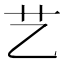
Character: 艺